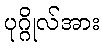
ပုဂ္ဂိုလ်အား